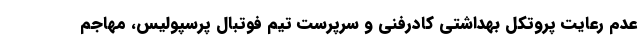
عدم رعایت پروتکل بهداشتی کادرفنی و سرپرست تیم فوتبال پرسپولیس، مهاجم